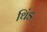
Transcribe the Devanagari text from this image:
थिंड